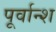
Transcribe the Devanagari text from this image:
पूर्वान्श